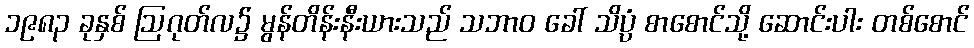
၁၉၈၃ ခုနှစ် ဩဂုတ်လ၌ မွန်တိန်းနီးယားသည် သဘာဝ ခေါ် သိပ္ပံ စာစောင်သို့ ဆောင်းပါး တစ်စောင်